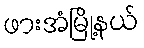
ဖားအံမြို့နယ်